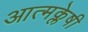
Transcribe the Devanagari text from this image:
आत्मक्लेषी